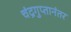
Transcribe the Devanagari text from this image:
चंद्रगुप्तानंतर